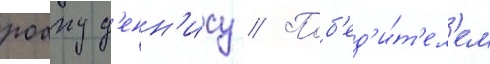
роану д'енн'ису // Поб'ед'и́т'ел'ем